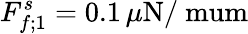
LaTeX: F_{f;1}^{s}=0.1\, \mu\mathrm{N/\ mum}